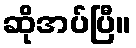
ဆိုအပ်ပြီ။